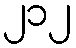
၂၁၂